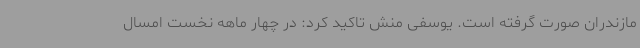
مازندران صورت گرفته است. یوسفی منش تاکید کرد: در چهار ماهه نخست امسال